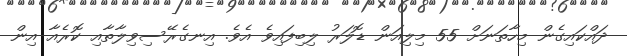
ދައްކައިގެން މިހާތަނަށް 55 މިލިއަން ޑޮލަރު ލިބިފައިވެ އެވެ. އިނގެރޭސިވިލާތާއި ކޮރެއާ އިން